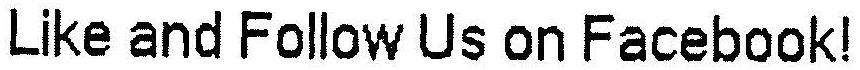
LIKE AND FOLLOW US ON FACEBOOK!